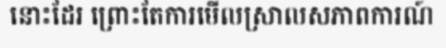
នោះដែរ ព្រោះតែការមើលស្រាលសភាពការណ៍